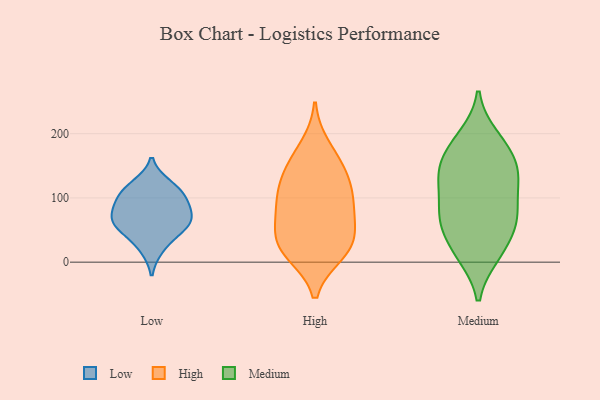
{"axis": {"x": "Temperature (°C)", "y": "Value"}, "legend": ["High", "Low", "Medium"], "data": [{"x": "", "y": 121, "type": "Low"}, {"x": "", "y": 111, "type": "Low"}, {"x": "", "y": 104, "type": "Low"}, {"x": "", "y": 59, "type": "Low"}, {"x": "", "y": 57, "type": "Low"}, {"x": "", "y": 87, "type": "Low"}, {"x": "", "y": 50, "type": "Low"}, {"x": "", "y": 83, "type": "Low"}, {"x": "", "y": 21, "type": "Low"}, {"x": "", "y": 69, "type": "Low"}, {"x": "", "y": 97, "type": "High"}, {"x": "", "y": 52, "type": "High"}, {"x": "", "y": 13, "type": "High"}, {"x": "", "y": 143, "type": "High"}, {"x": "", "y": 108, "type": "High"}, {"x": "", "y": 44, "type": "High"}, {"x": "", "y": 38, "type": "High"}, {"x": "", "y": 180, "type": "High"}, {"x": "", "y": 87, "type": "High"}, {"x": "", "y": 86, "type": "High"}, {"x": "", "y": 18, "type": "High"}, {"x": "", "y": 152, "type": "High"}, {"x": "", "y": 16, "type": "High"}, {"x": "", "y": 131, "type": "High"}, {"x": "", "y": 138, "type": "Medium"}, {"x": "", "y": 82, "type": "Medium"}, {"x": "", "y": 63, "type": "Medium"}, {"x": "", "y": 122, "type": "Medium"}, {"x": "", "y": 196, "type": "Medium"}, {"x": "", "y": 155, "type": "Medium"}, {"x": "", "y": 169, "type": "Medium"}, {"x": "", "y": 139, "type": "Medium"}, {"x": "", "y": 171, "type": "Medium"}, {"x": "", "y": 194, "type": "Medium"}, {"x": "", "y": 12, "type": "Medium"}, {"x": "", "y": 55, "type": "Medium"}, {"x": "", "y": 134, "type": "Medium"}, {"x": "", "y": 92, "type": "Medium"}, {"x": "", "y": 12, "type": "Medium"}, {"x": "", "y": 120, "type": "Medium"}, {"x": "", "y": 10, "type": "Medium"}, {"x": "", "y": 49, "type": "Medium"}, {"x": "", "y": 64, "type": "Medium"}, {"x": "", "y": 72, "type": "Medium"}]}